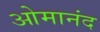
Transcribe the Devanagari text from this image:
ओमानंद